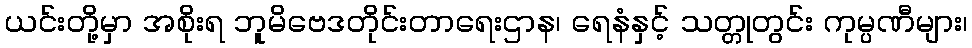
ယင်းတို့မှာ အစိုးရ ဘူမိဗေဒတိုင်းတာရေးဌာန၊ ရေနံနှင့် သတ္တုတွင်း ကုမ္ပဏီများ၊